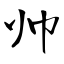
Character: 帅